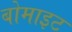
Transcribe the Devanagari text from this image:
बोमाइट